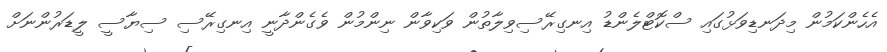
އެހެންކަމުން މިދަނޑިވަޅުގައި ސްކޮޓްލެންޑު އިނގިރޭސިވިލާތުން ވަކިވާން ނިންމުން ވެގެންދާނީ އިނގިރޭސި ސިޔާސީ ލީޑަރުންނަށް